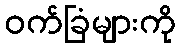
ဝက်ခြံများကို